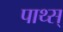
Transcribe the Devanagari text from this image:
पाथ्स्‌